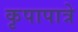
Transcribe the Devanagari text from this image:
कृपापात्रे